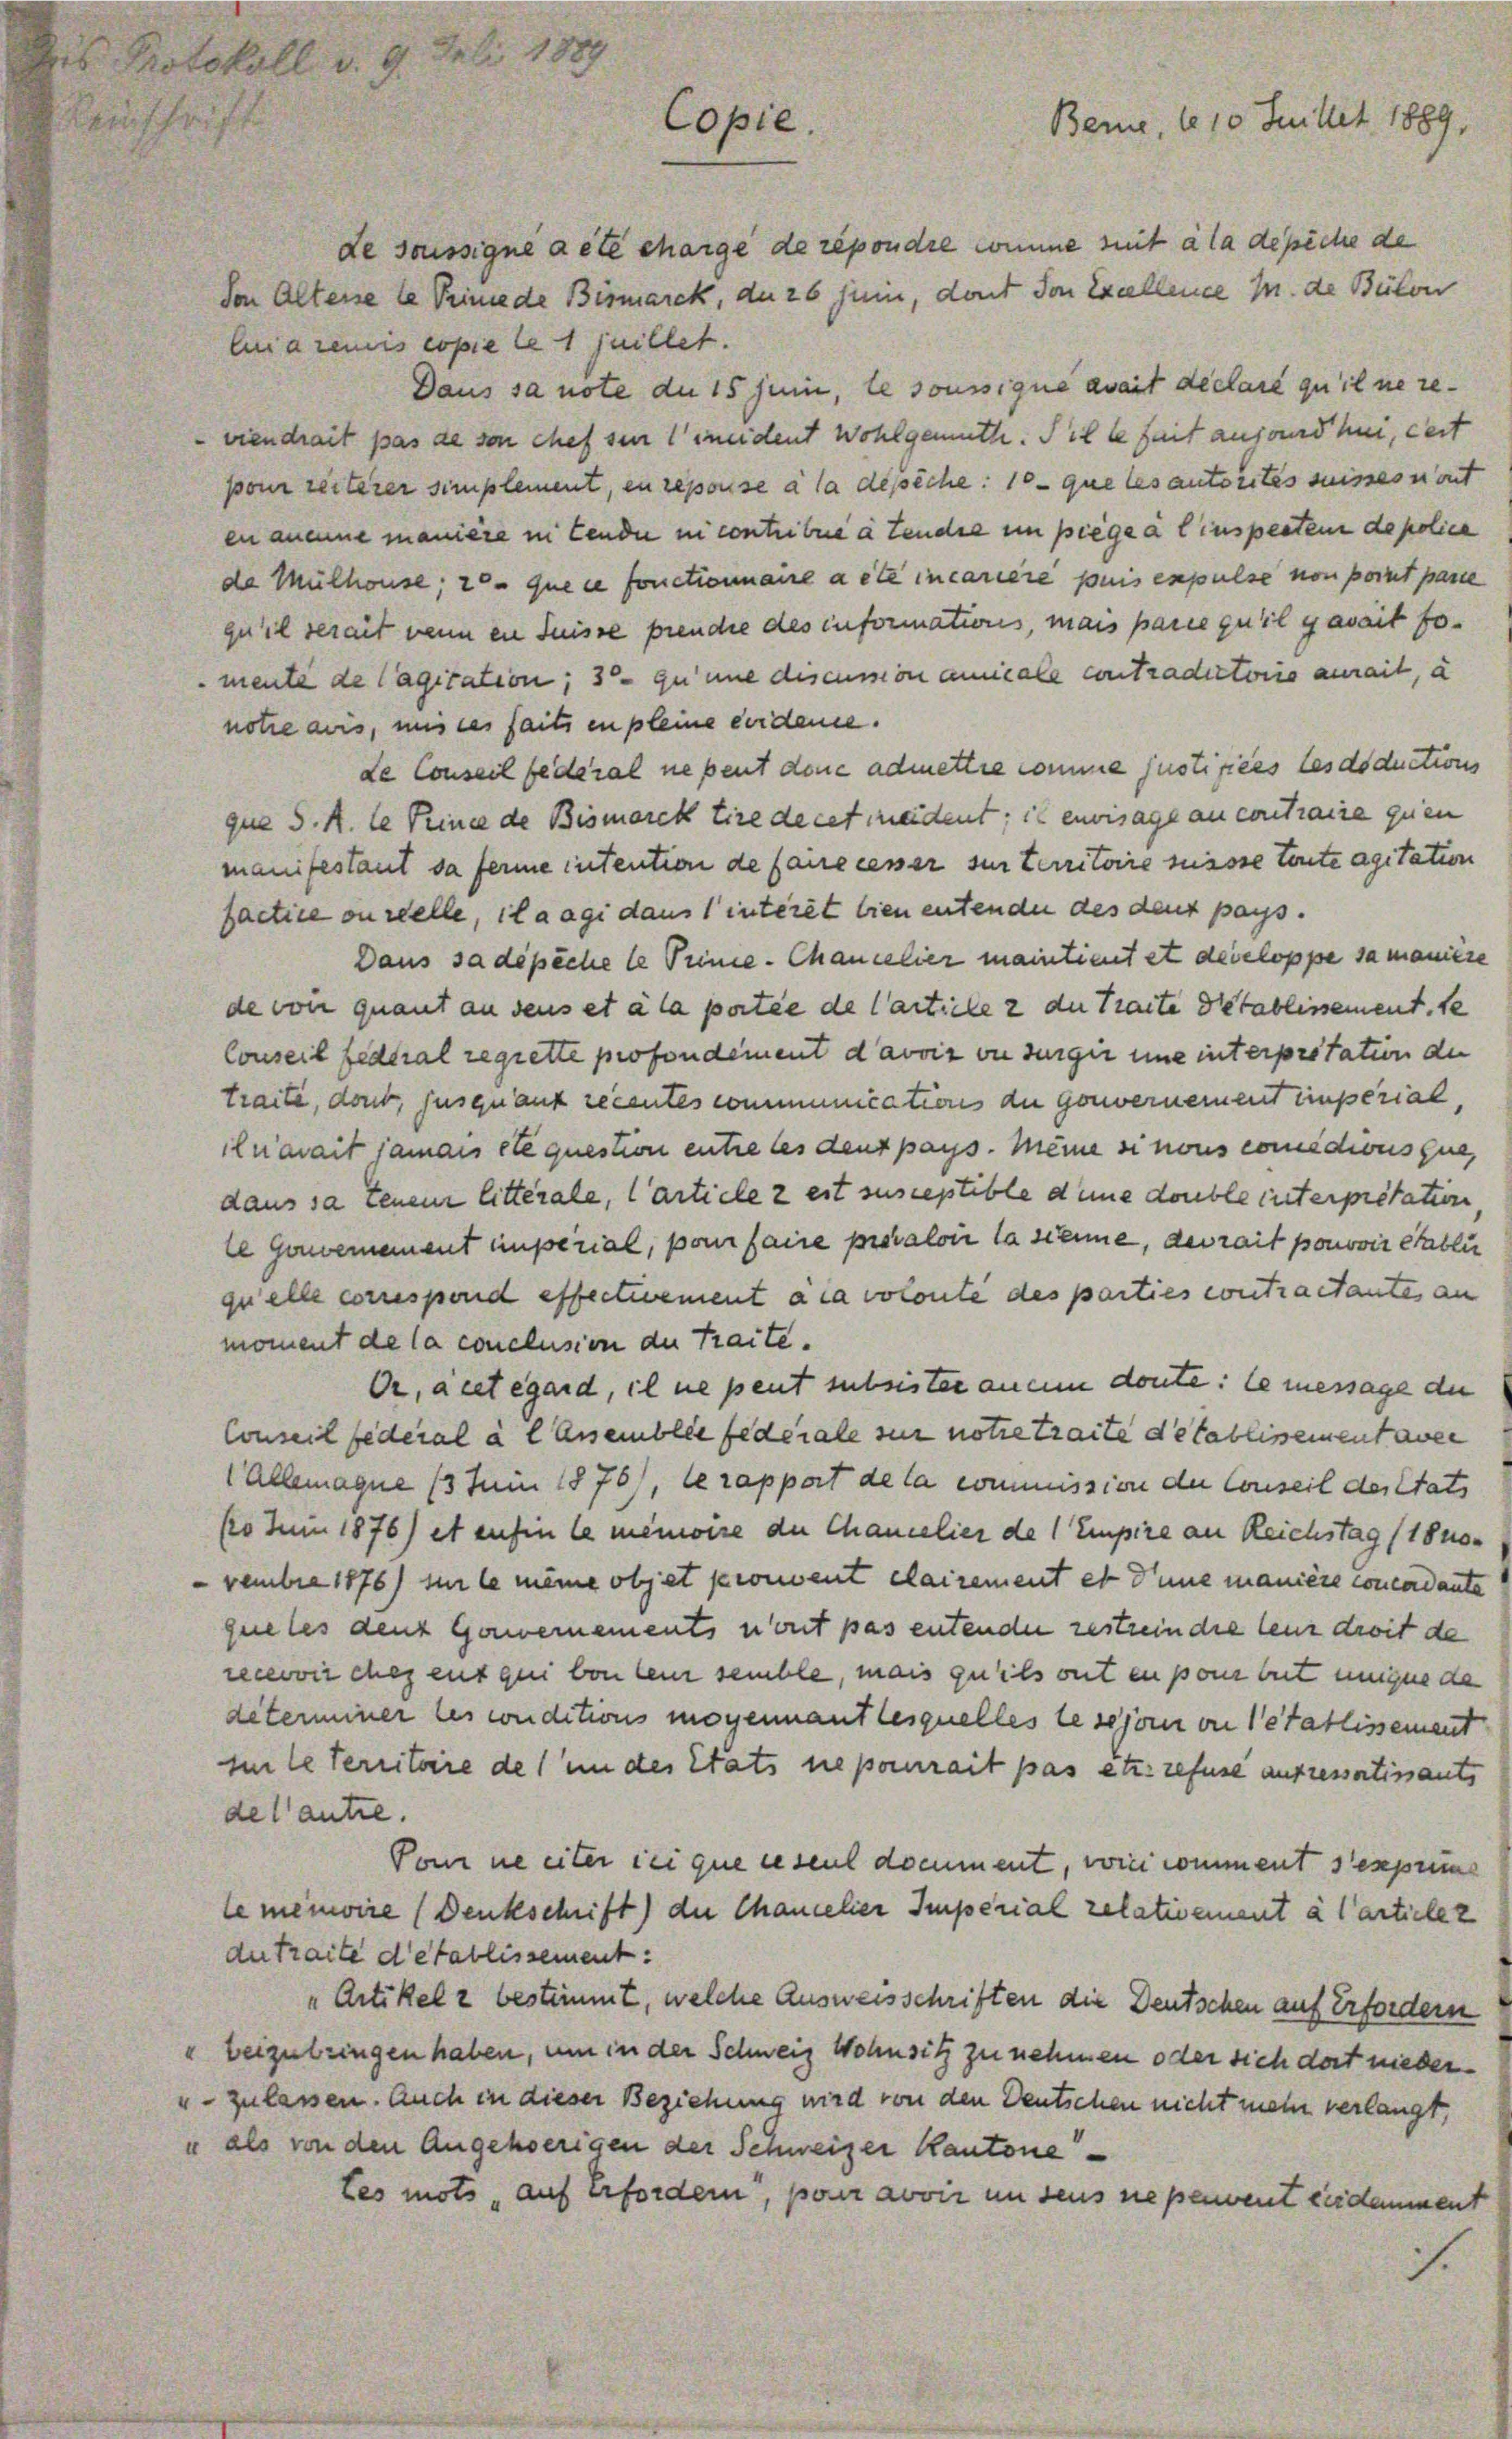
2 Protokoll d. 9. Juli 1889
Copie.

Rauschrift

Von Alterse le Trime de Bismarck, da 26 Junii, dont von Excellence M. de Bülon
lia remis copie le 1 juillet.
Daus sa note du 15 sein, le soussique avait declaré qu’il ne reviendrait pas de von chef sei ineident Wohlgemuth. Sie le Zeit anfand bei, dest
pour reiterer simplement, en repouse à la dessèche: 10. que les autortes suisses mont
en aneine manière in Tende in contribue à tende impiege a linsperten de police
da Mülhouse; se que ce fonctionaire a été incariere puis enpulse von point parie
qu’il serait wenn in Suisse prende des informations, mais pare quil geweit fomente de Cagitation; 3° qu’une discussion anniale contradictorio aneit, a
notre avis, mit des faits en pleine eindame.
de Conseil fédéral nebent dene admettre comme justiziers lesdoductions
que S. R. le Teine de Bismarck tire de cet meident; is envisage an contraire quen
manifestant da ferme intention de faire cesser sur territoire suisse toute agitation
factice ou reelle, il a agi dans 1 interet bien entenden des deut pays.
Dans sadipiche le Tine-Chancelier maintient et developpe sa manien
de von quant an seis et à la portie de Cartiele 2 der Traite Detablissement. Se
Conseil federal regrette profondiment d’avoir vi surger eine interpretation der
traite, dont jusquant recentes communication der gouvernement unperial,
ilnwait jamais et question entre les deut pays. Meine si nous comedions que,
dans sa tenen litterale, Cartiele z est susceptible dene double interpretation
le genommement imperial, pour faire provaloi la sanne, devrait pouvoir établi
quelle correspond effectivement aia volonte des parties contractantes an
moment de la conclusion de traite.
Or, acet égard, il ne peut subsister anein doute: le message di
Conseil federal à l Ansemblée federale sur notie traite de tablissement aver
1 Allemagne 13 Juin 1876/, le rapport de la commission der Conseil der Stats
(o Juni 1876) et enfin le menire der Chamelies de 1 Empire an Reichstag (18 no
vembre 1876 si le meine offet proment Clairement et d’une manière concordante
que les den Gouvernements n’ont pas entenden restrein die leur droit de
neevoir ces ent qui von kein semble, mais qu’ils ont en pon beit uneigne de
determiner les conditions mogennant lesquelles lesejon on detablissement
mile territoire de l’un des Stats neporait pas et refuse aufressatissants
de l’autre.
Vom nie eiter sei que ceseul document, wie comment sespun
leminire (Denkschrift) die Chamelier Imperial relativement à l’artiele z
du traite detablissement:
„Artikel z bestimmt, welche Ausweisschriften die Deutschen auf Erfordern
"beizubringen haben, um in der Schweiz Wohnsitz zu nehmen oder sich dort nieder¬
" zulassen. Auch in dieser Beziehung wird von den Deutschen nicht mehr verlangt,
u als von den Angehoerigen der Schweizer Kantone
tes mots, auf Erfordern, pour avoir in dens ne peuvent cendamment

Berne, 6 10 Juillet 1889,
de soussigne acte charge de répondre comme mit à la depecie de